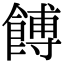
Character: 餺